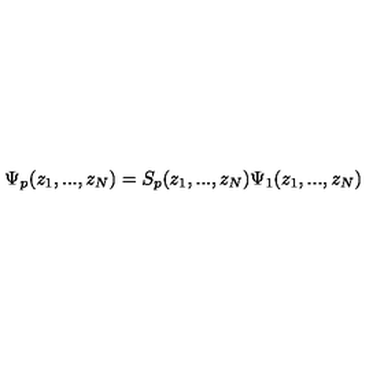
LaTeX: \Psi _ { p } ( z _ { 1 } , . . . , z _ { N } ) = S _ { p } ( z _ { 1 } , . . . , z _ { N } ) \Psi _ { 1 } ( z _ { 1 } , . . . , z _ { N } )